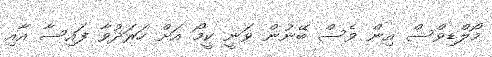
މޯލްޑިވްސް އިން ވެސް ބޭނުން ވަނީ ކީމޯ އަށް ހަރަދުވާ ފައިސާ އާއި